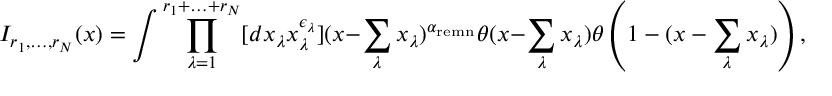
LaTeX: I _ { r _ { 1 } , \ldots , r _ { N } } ( x ) = \int \prod _ { \lambda = 1 } ^ { r _ { 1 } + \ldots + r _ { N } } [ d x _ { \lambda } x _ { \lambda } ^ { \epsilon _ { \lambda } } ] ( x - \sum _ { \lambda } x _ { \lambda } ) ^ { \alpha _ { \mathrm { r e m n } } } \theta ( x - \sum _ { \lambda } x _ { \lambda } ) \theta \left( 1 - ( x - \sum _ { \lambda } x _ { \lambda } ) \right) ,